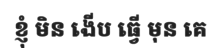
ខ្ញុំ មិន ងើប ធ្វើ មុន គេ